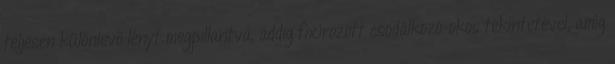
teljesen különlevõ lényt megpillantva, addig fixírozott csodálkozó-okos tekintetével, amíg